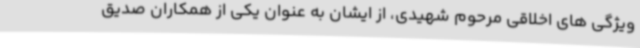
ویژگی های اخلاقی مرحوم شهیدی، از ایشان به عنوان یکی از همکاران صدیق